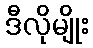
ဒီလိုမျိုး